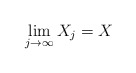
\begin{align*}\lim_{j\rightarrow \infty} X_j =X\end{align*}